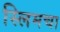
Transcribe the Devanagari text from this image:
स्लिमचा